Problem: 40 + 20 = ?
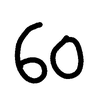
Handwritten answer: 60